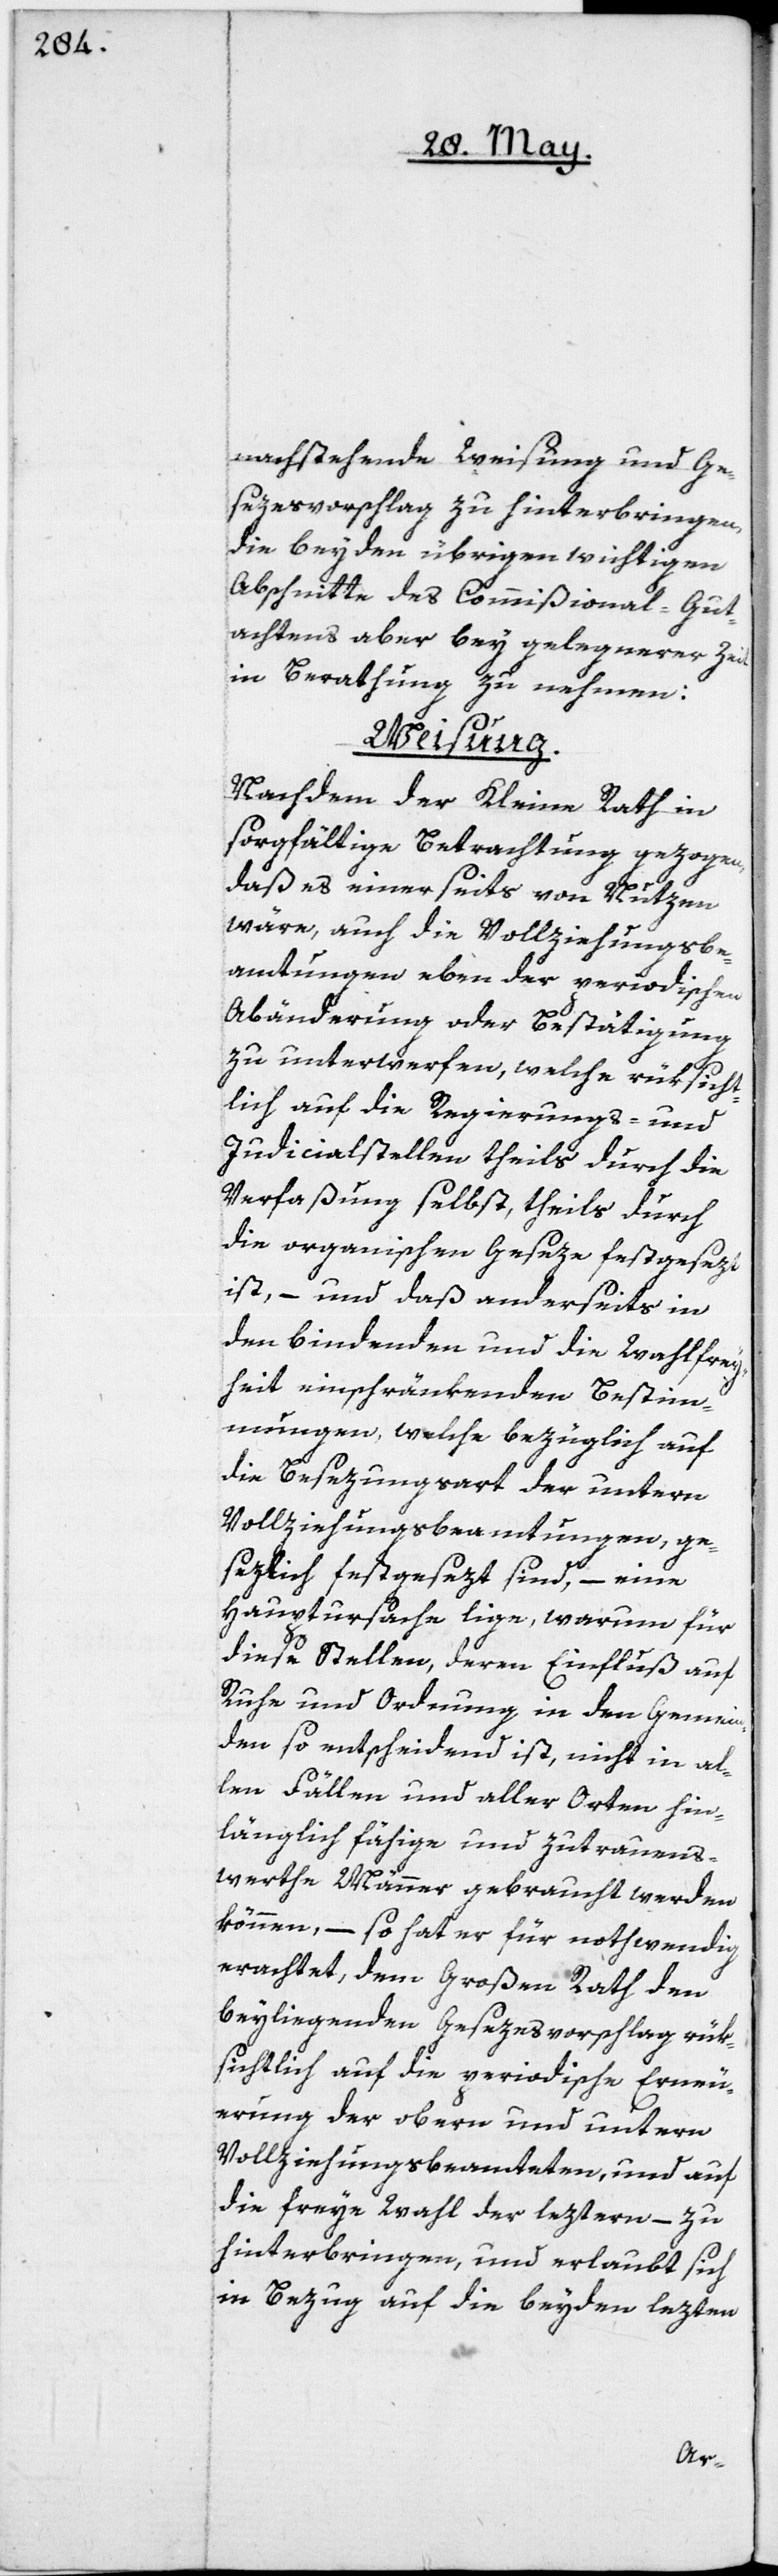
nachstehende Weisung und Ge¬
sezesvorschlag zu hinterbringen,
die beyden übrigen wichtigen
Abschnitte des Commißional-Gut¬
achtens aber bey gelegenerer Zeit
in Berathung zu nehmen:
Weisung.
Nachdem der Kleine Rath in
sorgfältige Betrachtung gezogen,
daß es einerseits von Nutzen
wäre, auch die Vollziehungsbe¬
amtungen eben der periodischen
Abänderung oder Bestätigung
zu unterwerfen, welche rüksicht¬
lich auf die Regierungs- und
Judicialstellen theils durch die
Verfaßung selbst, theils durch
die organischen Geseze festgesezt
ist, – und daß anderseits in
den bindenden und die Wahlfrey¬
heit einschränkenden Bestim¬
mungen, welche bezüglich auf
die Besezungsart der untern
Vollziehungsbeamtungen, ge¬
sezlich festgesezt sind, – eine
Hauptursache lige, warum für
diese Stellen, deren Einfluß auf
Ruhe und Ordnung in den Gemein¬
den so entscheidend ist, nicht in al¬
len Fällen und aller Orten hin¬
länglich fähige und zutrauens¬
werthe Männer gebraucht werden
können, – so hat er für nothwendig
erachtet, dem Großen Rath den
beyliegenden Gesezesvorschlag rük¬
sichtlich auf die periodische Erneu¬
erung der obern und untern
Vollziehungsbeamteten, und auf
die freye Wahl der leztern, – zu
hinterbringen, und erlaubt sich
in Bezug auf die beyden lezten